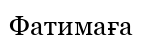
Фатимаға